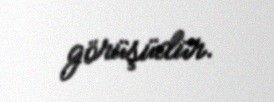
görüşüdür.